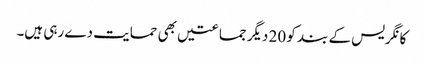
کانگریس کے بند کو 20 دیگر جماعتیں بھی حمایت دے رہی ہیں۔